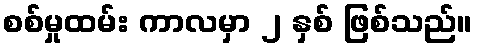
စစ်မှုထမ်း ကာလမှာ ၂ နှစ် ဖြစ်သည်။